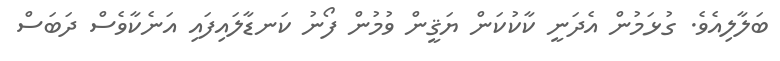
ބަލާލިއެވެ. ގުޅަމުން އެދަނީ ކާކުކަން ޔަޤީން ވުމުން ފޯނު ކަނޑާލައިފައި އަނެކާވެސް ދަބަސް